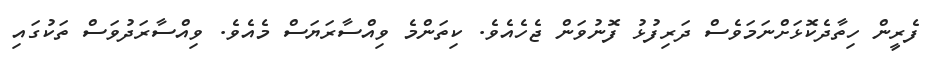
ފެރީން ހިތާދެކޮޅަށްނަމަވެސް ދަރިފުޅު ފޮނުވަން ޖެހެއެވެ. ކިތަންމެ ވިއްސާރަޔަސް މެއެވެ. ވިއްސާރަދުވަސް ތަކުގައި